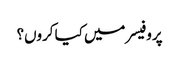
پروفیسر میں کیا کروں؟